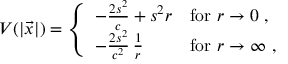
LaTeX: V ( \vert \vec { x } \vert ) = \left\{ \begin{array} { l l } { { - \frac { 2 s ^ { 2 } } { c } + s ^ { 2 } r } } & { { \mathrm { f o r } \, \, r \to 0 ~ , } } \\ { { - \frac { 2 s ^ { 2 } } { c ^ { 2 } } \, \frac { 1 } { r } } } & { { \mathrm { f o r } \, \, r \to \infty ~ , } } \end{array} \right.